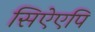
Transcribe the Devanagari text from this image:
सिऐएपि